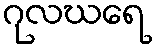
ဂုလဃရေ